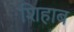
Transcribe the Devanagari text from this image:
शिहाब